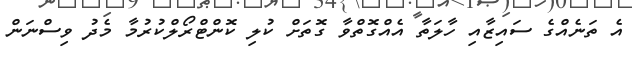
އެ ތަނެއްގެ ސައިޒާއި ހާލަތާ އެއްގޮތްވާ ގޮތަށް ކުލި ކޮންޓްރޯލްކުރުމާ މެދު ވިސްނަން